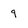
Character: 9